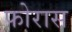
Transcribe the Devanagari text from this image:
फोरास